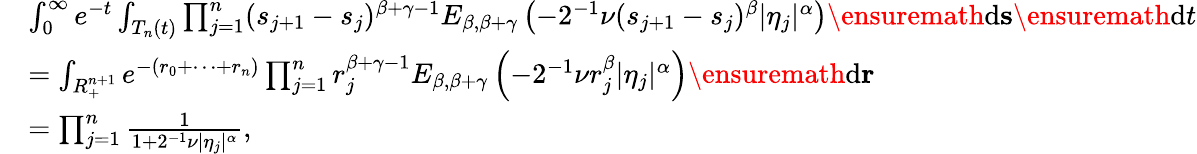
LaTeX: \begin{array}{rl}&{\int_{0}^{\infty}e^{-t}\int_{T_{n}(t)}\prod_{j=1}^{n}(s_{j+1}-s_{j})^{\beta+\gamma-1}E_{\beta,\beta+\gamma}\left(-2^{-1}\nu(s_{j+1}-s_{j})^{\beta}|\eta_{j}|^{\alpha}\right)\ensuremath{\mathrm{d}}\mathbf{s}\ensuremath{\mathrm{d}}t}\\ &{=\int_{R_{+}^{n+1}}e^{-(r_{0}+\cdots+r_{n})}\prod_{j=1}^{n}r_{j}^{\beta+\gamma-1}E_{\beta,\beta+\gamma}\left(-2^{-1}\nu r_{j}^{\beta}|\eta_{j}|^{\alpha}\right)\ensuremath{\mathrm{d}}\mathbf{r}}\\ &{=\prod_{j=1}^{n}\frac{1}{1+2^{-1}\nu|\eta_{j}|^{\alpha}},}\end{array}